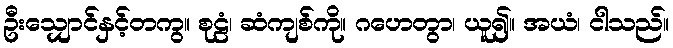
ဦးသျှောင်နှင့်တကွ။ စုဠံ၊ ဆံကျစ်ကို။ ဂဟေတွာ၊ ယူ၍။ အယံ၊ ငါသည်။